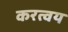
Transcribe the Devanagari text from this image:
करत्वय